Civil Veterinary Dept. Bombay admin report 1914-1922 - 1914-1922
Year: 1914
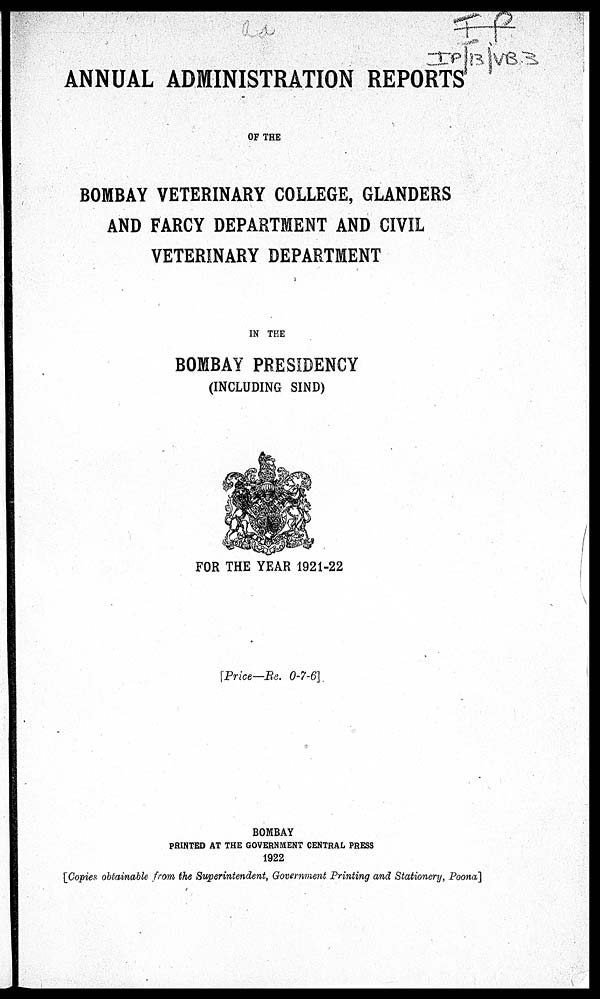
ANNUAL ADMINISTRATION REPORTS
OF THE
BOMBAY VETERINARY COLLEGE, GLANDERS
AND FARCY DEPARTMENT AND CIVIL
VETERINARY DEPARTMENT
IN THE
BOMBAY PRESIDENCY
(INCLUDING SIND)
FOR THE YEAR 1921-22
Price—Re. 0-7-6]
BOMBAY
PRINTED AT THE GOVERNMENT CENTRAL PRESS
1922
[Copies obtainable from the Superintendent, Government Printing and Stationery, Poona]